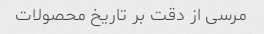
مرسی از دقت بر تاریخ محصولات